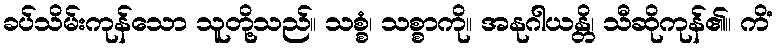
ခပ်သိမ်းကုန်သော သူတို့သည်။ သစ္စံ၊ သစ္စာကို။ အနုဂါယန္တိ၊ သီဆိုကုန်၏။ ကိံ